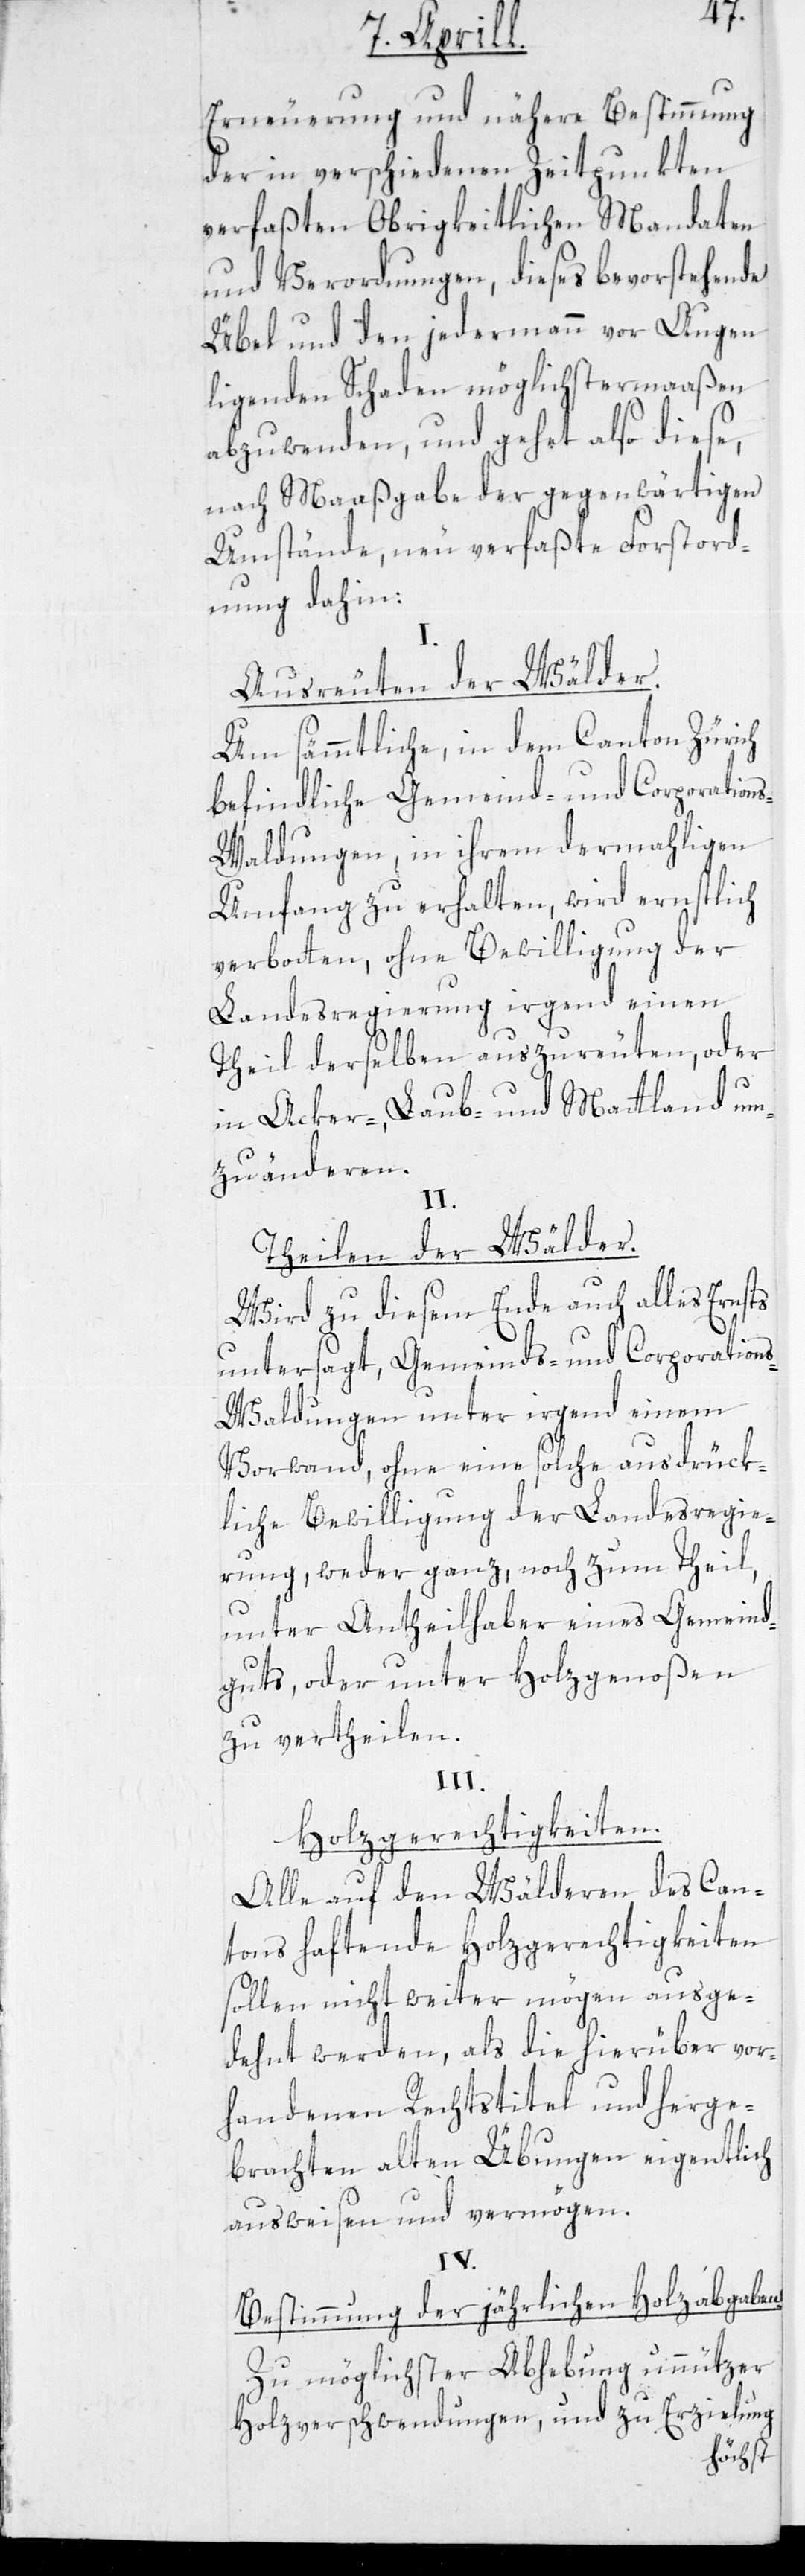
Erneuerung und nähere Bestimmung
der in verschiedenen Zeitpunkten
verfaßten Obrigkeitlichen Mandaten
und Verordnungen, dieses bevorstehende
Übel und den jedermann vor Augen
ligenden Schaden möglichstermaaßen
abzuwenden, und gehet also diese,
nach Maaßgabe der gegenwärtigen
Umstände, neu verfaßte Forstord¬
nung dahin:
Ausreuten der Wälder.
Um sämmtliche, in dem Canton Zürich
befindliche Gemeind- und Corporation¬
s-Waldungen, in ihrem dermahligen
Umfang zu erhalten, wird ernstlich
verboten, ohne Bewilligung der
Landesregierung irgend einen
Theil derselben auszureuten, oder
in Acker-, Laub- und Mattland um¬
zuänderen.
II.
Theilen der Wälder.
Wird zu diesem Ende auch alles Ernsts
untersagt, Gemeinds- und Corporation¬
s-Waldungen unter irgend einem
Vorwand, ohne eine solche ausdrück¬
liche Bewilligung der Landesregie¬
rung, weder ganz, noch zum Theil,
unter Antheilhaber eines Gemeind¬
guts, oder unter Holzgenoßen
zu vertheilen.
III.
Holzgerechtigkeiten.
Alle auf den Wälderen des Can¬
tons haftende Holzgerechtigkeiten
sollen nicht weiter mögen ausge¬
dehnt werden, als die hierüber vor¬
handenen Rechtstitel und herge¬
brachten alten Übungen eigentlich
ausweisen und vermögen.
IV.
Bestimmung der jährlichen Holzabgaben.
Zu möglichster Abhebung unnützer
Holzverschwendungen, und zu Erzielung